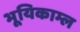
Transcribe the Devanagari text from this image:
भूयिकाम्ल